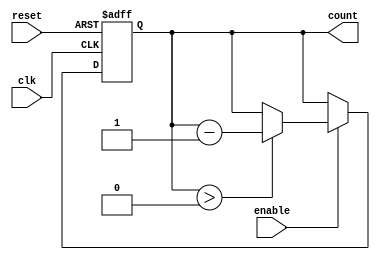
module DecrementalCounter (
    input wire clk,        // Clock signal
    input wire reset,      // Asynchronous reset signal
    input wire enable,     // Control signal to enable counting
    output reg [N-1:0] count // Current value of the counter
);
    parameter N = 8; // Define the width of the counter (adjust as needed)
    parameter INITIAL_VALUE = 8'b11111111; // Initial value (set as needed)

    // Asynchronous reset and synchronous counting logic
    always @(posedge clk or posedge reset) begin
        if (reset) begin
            count <= INITIAL_VALUE; // Reset to initial value
        end else if (enable) begin
            if (count > 0) begin
                count <= count - 1; // Decrement the counter
            end
            // If count is 0, it remains 0, no need for an explicit assignment
        end
    end

endmodule